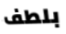
بلطف